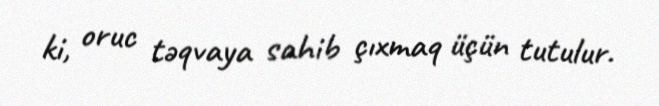
ki, oruc təqvaya sahib çıxmaq üçün tutulur.